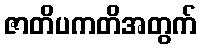
ဇာတိပကတိအတွက်